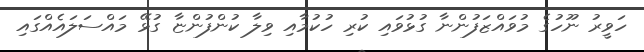
ހަވީރު ނޫހުގެ މުވައްޒަފުންނާ ގުޅުވައި ކުރި ހުކުމާއި ވިލާ ކުންފުންޏާ ގުޅޭ މައްސަލައެއްގައި